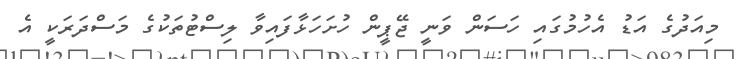
މިއަދުގެ އަޑު އެހުމުގައި ހަސަން ވަނީ ޖޭޕީން ހުށަހަޅާފައިވާ ލިސްޓުތަކުގެ މަސްދަރަކީ އެ